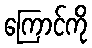
ကြောင်ကို